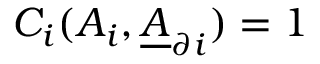
C _ { i } ( A _ { i } , \underline { { A } } _ { \partial i } ) = 1